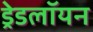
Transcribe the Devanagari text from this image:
ड्रेडलॉयन